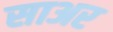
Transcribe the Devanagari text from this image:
साअर